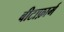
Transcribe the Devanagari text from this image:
बीटाफ़ार्म